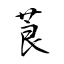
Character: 莨